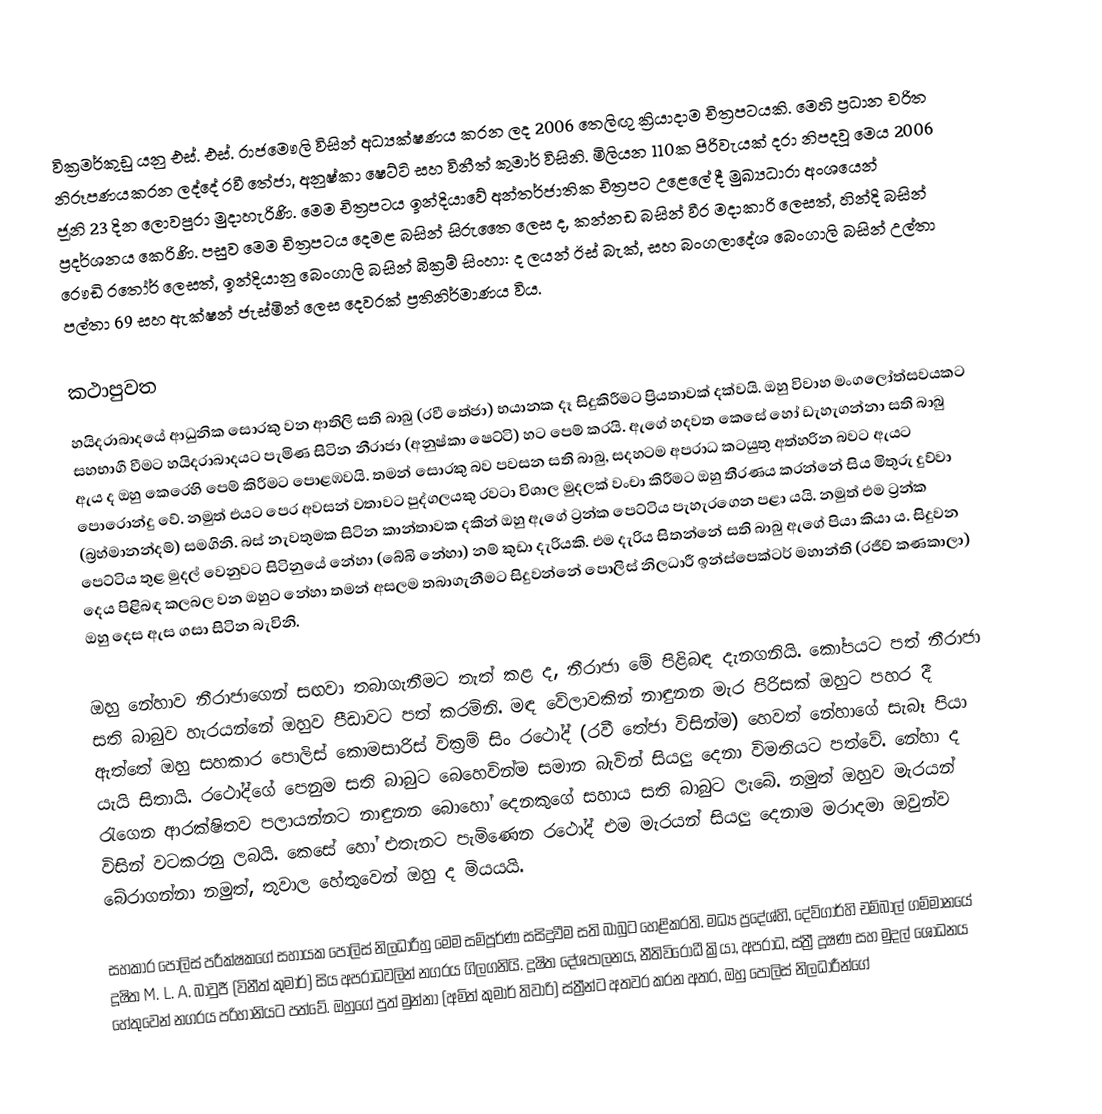
වික්‍රමර්කුඩු යනු එස්. එස්. රාජමෞලි විසින් අධ්‍යක්ෂණය කරන ලද 2006 තෙලිඟු ක්‍රියාදාම චිත්‍රපටයකි. මෙහි ප්‍රධාන චරිත නිරූපණයකරන ලද්දේ රවී තේජා, අනුෂ්කා ෂෙට්ටි සහ විනීත් කුමාර් විසිනි.  මිලියන 110ක පිරිවැයක් දරා නිපදවූ මෙය 2006 ජූනි 23 දින ලොවපුරා මුදාහැරිණි. මෙම චිත්‍රපටය ඉන්දියාවේ අන්තර්ජාතික චිත්‍රපට උළෙලේ දී මුඛ්‍යධාරා අංශයෙන් ප්‍රදර්ශනය කෙරිණි. පසුව මෙම චිත්‍රපටය දෙමළ බසින් සිරුතෛ ලෙස ද, කන්නඩ බසින් වීර මදාකාරි ලෙසත්, හින්දි බසින් රෞඩි රතෝර් ලෙසත්, ඉන්දියානු බෙංගාලි බසින් බික්‍රම් සිංහා: ද ලයන් ඊස් බැක්, සහ බංගලාදේශ බෙංගාලි බසින් උල්තා පල්තා 69 සහ ඇක්ෂන් ජැස්මින් ලෙස දෙවරක් ප්‍රතිනිර්මාණය විය.

කථාපුවත
හයිදරාබාදයේ ආධුනික සොරකු වන ආතිලි සති බාබු (රවී තේජා) භයානක දෑ සිදුකිරීමට ප්‍රියතාවක් දක්වයි. ඔහු විවාහ මංගලෝත්සවයකට සහභාගී වීමට හයිදරාබාදයට පැමිණ සිටින නීරාජා (අනුෂ්කා ෂෙට්ටි) හට පෙම් කරයි. ඇගේ හදවත කෙසේ හෝ ඩැහැගන්නා සති බාබු ඇය ද ඔහු කෙරෙහි පෙම් කිරීමට පොළඹවයි. තමන් සොරකු බව පවසන සති බාබු, සදහටම අපරාධ කටයුතු අත්හරින බවට ඇයට පොරොන්දු වේ. නමුත් එයට පෙර අවසන් වතාවට පුද්ගලයකු රවටා විශාල මුදලක් වංචා කිරීමට ඔහු තීරණය කරන්නේ සිය මිතුරු දුව්වා (බ්‍රහ්මානන්දම්) සමගිනි. බස් නැවතුමක සිටින කාන්තාවක දකින් ඔහු ඇගේ ට්‍රන්ක පෙට්ටිය පැහැරගෙන පළා යයි. නමුත් එම ට්‍රන්ක පෙට්ටිය තුළ මුදල් වෙනුවට සිටිනුයේ නේහා (බේබි නේහා) නම් කුඩා දැරියකි. එම දැරිය සිතන්නේ සති බාබු ඇගේ පියා කියා ය. සිදුවන දෙය පිළිබඳ කලබල වන ඔහුට නේහා තමන් අසලම තබාගැනීමට සිදුවන්නේ පොලිස් නිලධාරී ඉන්ස්පෙක්ටර් මහාන්ති (රජීව් කණකාලා) ඔහු දෙස ඇස ගසා සිටින බැවිනි.

ඔහු නේහාව නීරාජාගෙන් සඟවා තබාගැනීමට තැත් කළ ද, නීරාජා මේ පිළිබඳ දැනගනියි‍. කෝපයට පත් නීරාජා සති බාබුව හැරයන්නේ ඔහුව පීඩාවට පත් කරමිනි. මඳ වේලාවකින් නාඳුනන මැර පිරිසක් ඔහුට පහර දී ඇත්තේ ඔහු සහකාර පොලිස් කොමසාරිස් වික්‍රම් සිං රථෝද් (රවී තේජා විසින්ම) හෙවත් නේහාගේ සැබෑ පියා යැයි සිතායි. රථෝද්ගේ පෙනුම සති බාබුට බෙහෙවින්ම සමාන බැවින් සියලු දෙනා විමතියට පත්වේ. නේහා ද රැගෙන ආරක්ෂිතව පලායන්නට නාඳුනන බොහෝ දෙනකුගේ සහාය සති බාබුට ලැබේ. නමුත් ඔහුව මැරයන් විසින් වටකරනු ලබයි. කෙසේ හෝ එතැනට පැමිණෙන රථෝද් එම මැරයන් සියලු දෙනාම මරාදමා ඔවුන්ව බේරාගන්නා නමුත්, තුවාල හේතුවෙන් ඔහු ද මියයයි.

සහකාර පොලිස් පරීක්ෂකගේ සහායක පොලිස් නිලධාරීහු මෙම සම්පූර්ණ සසිදුවීම සති බාබුට හෙළිකරති. මධ්‍ය ප්‍රදේශ්හි, දේව්ගාර්හි චම්බාල් ගම්මානයේ දූෂිත M. L. A. බාවුජී (විනීත් කුමාර්) සිය අපරාධවලින් නගරය ගිලගනියි. දූෂිත දේශපාලනය, නීතිවිරෝධී ක්‍රියා, අපරාධ, ස්ත්‍රී දූෂණ සහ මුදල් ශෝධනය හේතුවෙන් නගරය පරිහානියට පත්වේ. ඔහුගේ පුත් මුන්නා (අමිත් කුමාර් තිවාරි) ස්ත්‍රීන්ට අතවර කරන අතර, ඔහු පොලිස් නිලධාරීන්ගේ